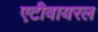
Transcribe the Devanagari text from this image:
एटीवायरल